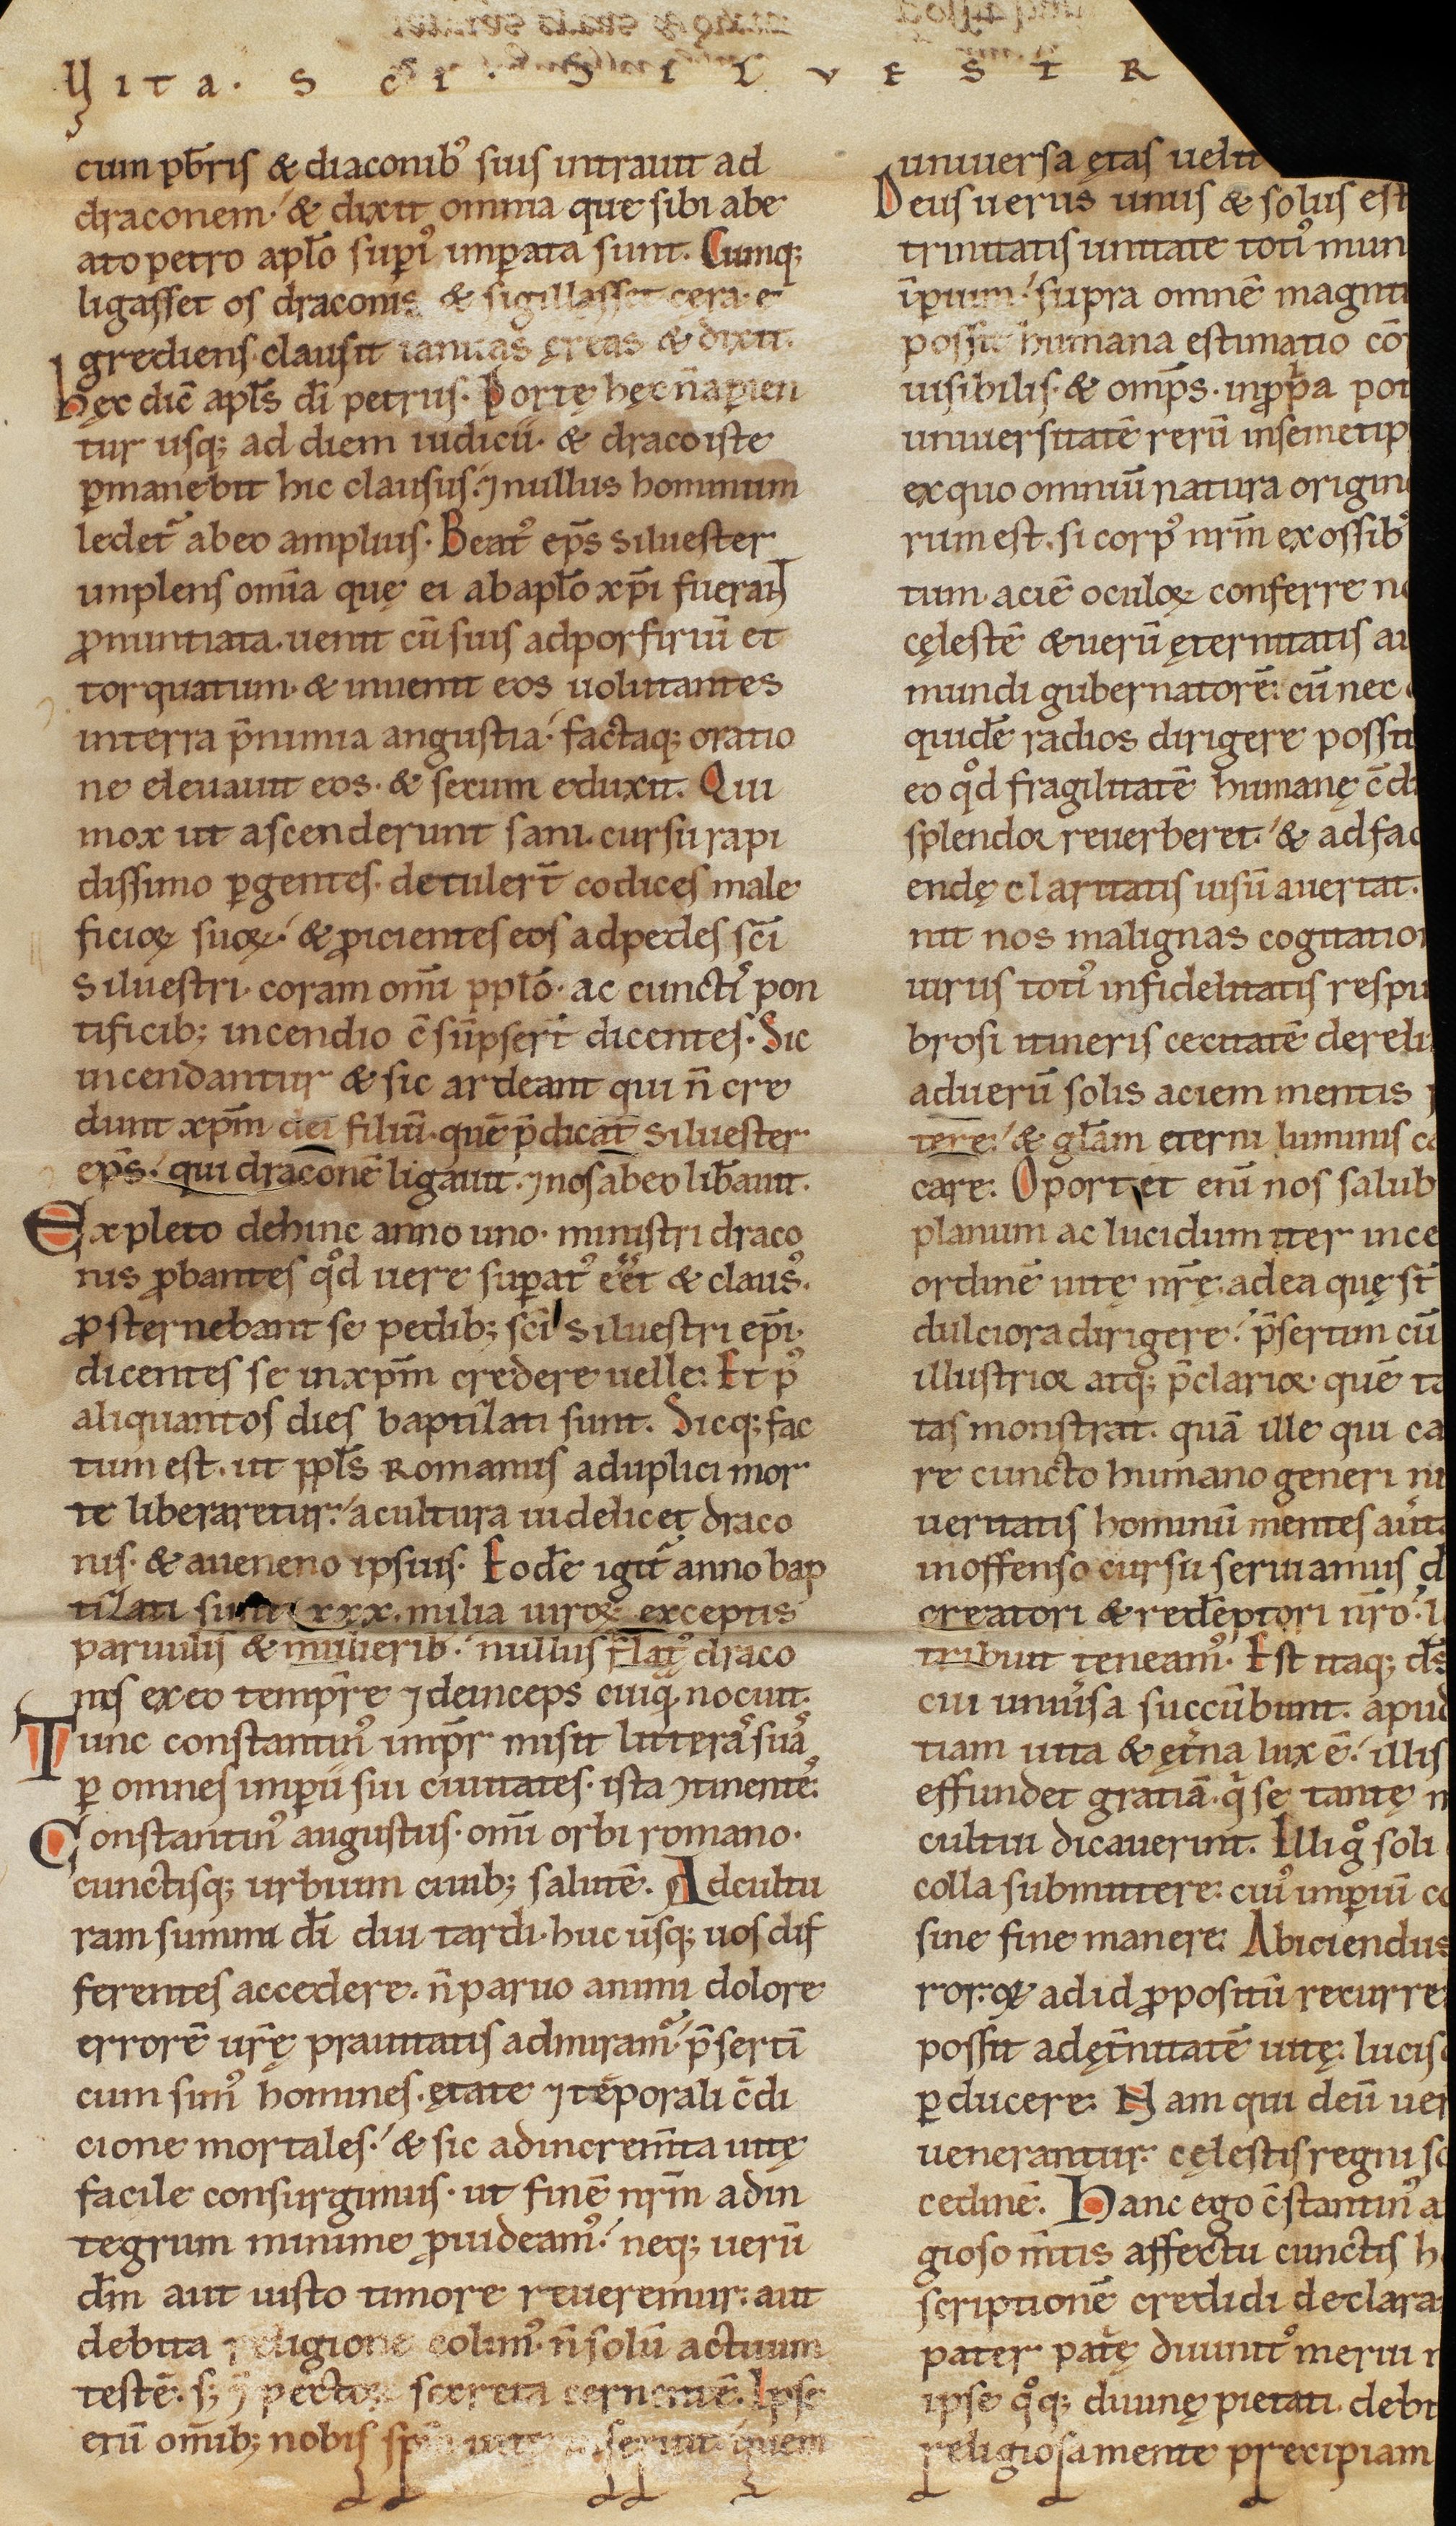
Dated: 1140–1170